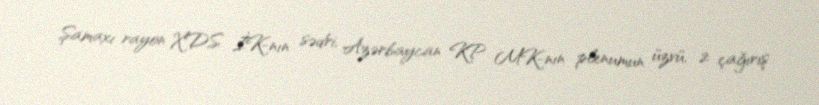
Şamaxı rayon XDS İK-nın sədri, Azərbaycan KP MK-nın plenumun üzvü, 2 çağırış